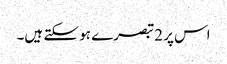
اس پر 2 تبصرے ہو سکتے ہیں۔